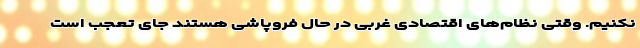
نکنیم. وقتی نظام‌های اقتصادی غربی در حال فروپاشی هستند جای تعجب است